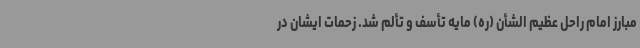
مبارز امام راحل عظیم الشأن (ره) مایه تأسف و تألم شد. زحمات ایشان در